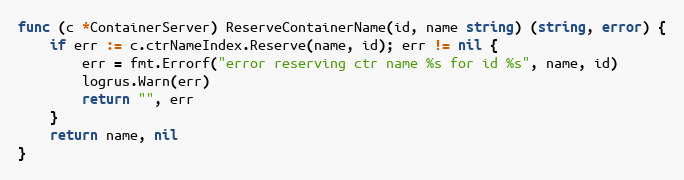
Language: Go
func (c *ContainerServer) ReserveContainerName(id, name string) (string, error) {
	if err := c.ctrNameIndex.Reserve(name, id); err != nil {
		err = fmt.Errorf("error reserving ctr name %s for id %s", name, id)
		logrus.Warn(err)
		return "", err
	}
	return name, nil
}